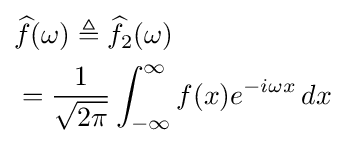
{\begin{aligned}&{\widehat {f}}(\omega )\triangleq {\widehat {f}}_{2}(\omega )\\&={\frac {1}{\sqrt {2\pi }}}\int _{-\infty }^{\infty }f(x)e^{-i\omega x}\,dx\end{aligned}}